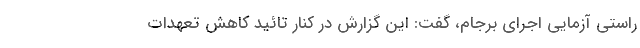
راستی آزمایی اجرای برجام، گفت: این گزارش در کنار تائید کاهش تعهدات